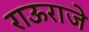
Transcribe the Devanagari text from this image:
राऊराजे